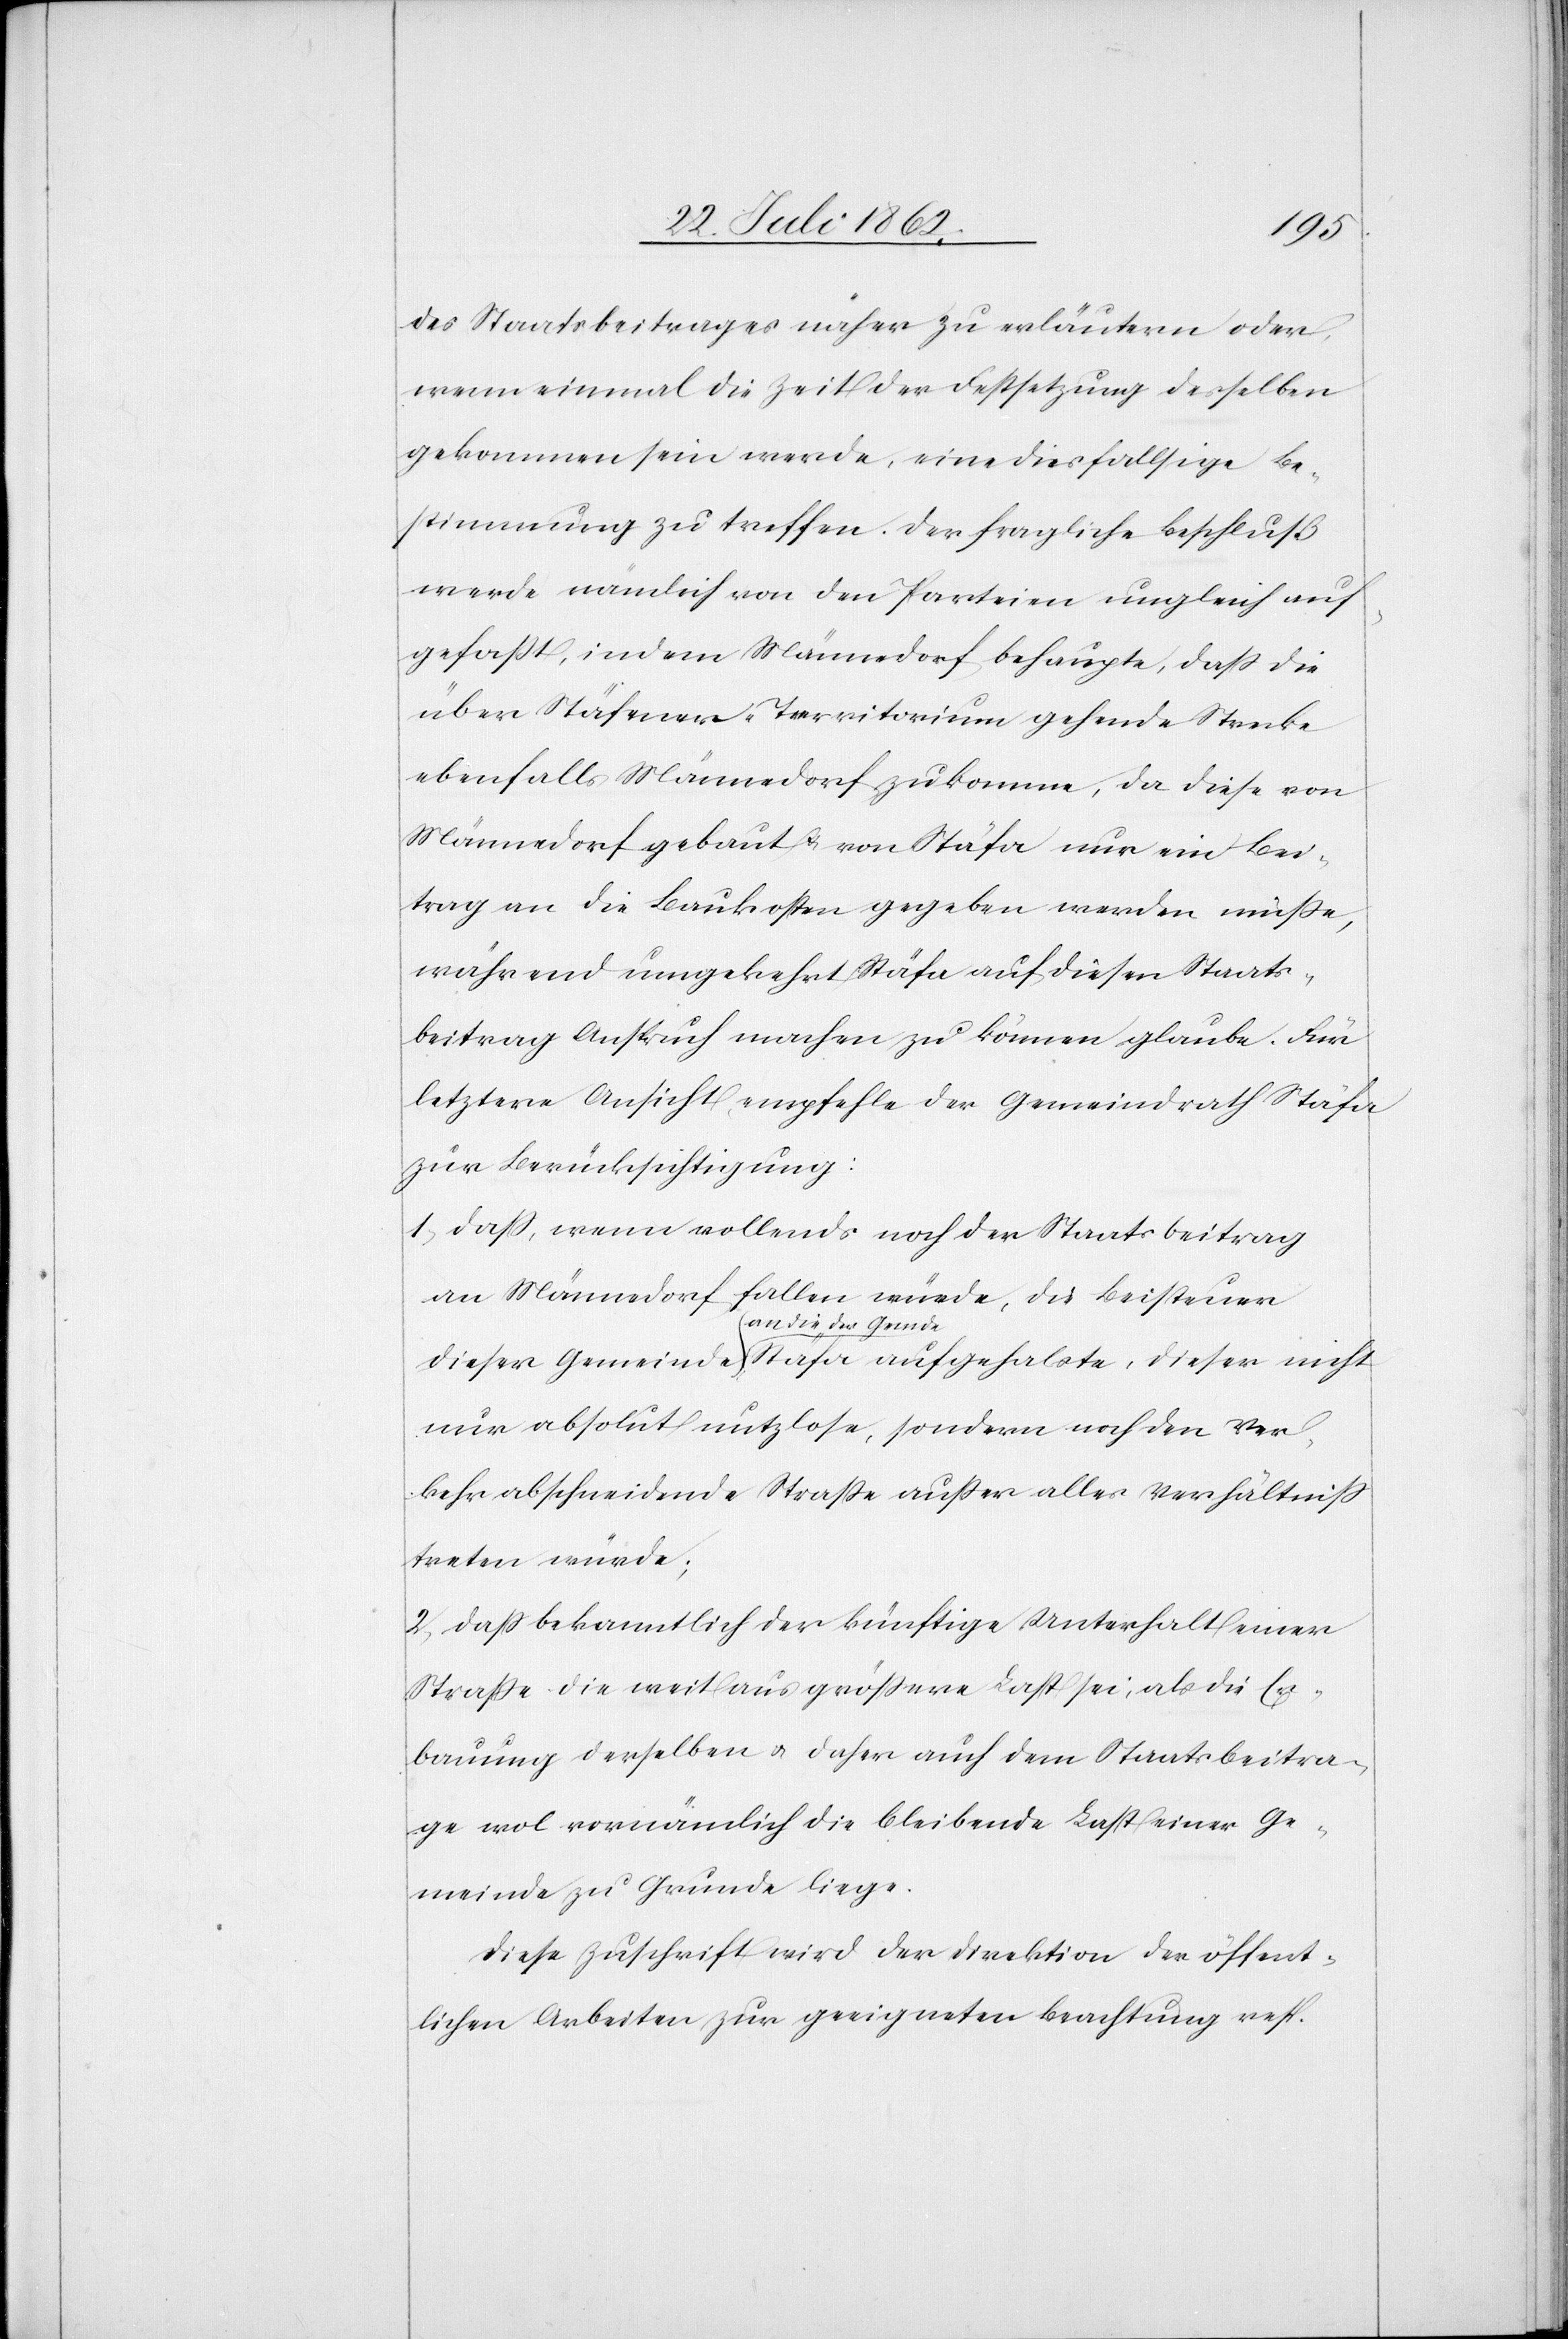
des Staatsbeitrages näher zu erläutern oder,
wenn einmal die Zeit der Festsetzung desselben
gekommen sein werde, eine diesfallsige Be¬
stimmung zu treffen. Der fragliche Beschluß
werde nämlich von den Parteien ungleich auf¬
gefaßt, indem Männedorf behaupte, daß die
über Stäfener-Territorium gehende Strecke
ebenfalls Männedorf zukomme, da diese von
Männedorf gebaut u. von Stäfa nur ein Bei¬
trag an die Baukosten gegeben werden müße,
während umgekehrt Stäfa auf diesen Staats¬
beitrag Anspruch machen zu können glaube. Für
letztere Ansicht empfehle der Gemeindrath Stäfa
zur Berücksichtigung:
1) daß, wenn vollends noch der Staatsbeitrag
an Männedorf fallen würde, die Beisteuer
an die der Gemde
nur absolut nutzlose, sondern noch den Ver¬
kehr abschneidende Straße außer alles Verhältniß
treten würde;
2) daß bekanntlich der künftige Unterhalt einer
Straße die weitaus größere Last sei, als die Er¬
bauung derselben u. daher auch dem Staatsbeitra¬
ge wol vornämlich die bleibende Last einer Ge¬
meinde zu Grunde liege.
Diese Zuschrift wird der Direktion der öffent¬
lichen Arbeiten zur geeigneten Beachtung resp.